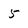
Character: 5